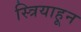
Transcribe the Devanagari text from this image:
स्त्रियाहून